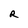
Character: R